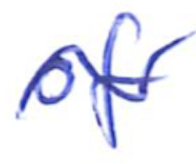
Text: of
Cross-out: wave
Writing tool: ballpoint